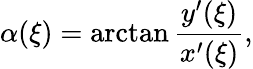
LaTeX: \alpha(\xi)=\arctan\frac{y^{\prime}(\xi)}{x^{\prime}(\xi)},